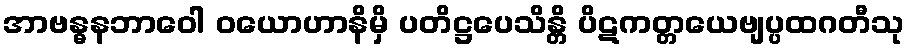
အာဗန္ဓနဘာဝေါ ဝယောဟာနိမှိ ပတိဋ္ဌပေသိန္တိ ပိဋကတ္တယေဗျပ္ပထဂတီသု